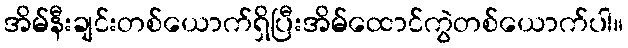
အိမ်နီးချင်းတစ်ယောက်ရှိပြီးအိမ်ထောင်ကွဲတစ်ယောက်ပါ။